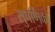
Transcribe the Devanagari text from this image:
सुपर्णिका